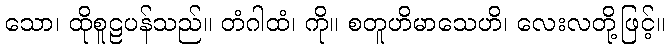
သော၊ ထိုစူဠပန်သည်။ တံဂါထံ၊ ကို။ စတူဟိမာသေဟိ၊ လေးလတို့ဖြင့်။